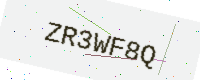
Text: ZR3WF8Q